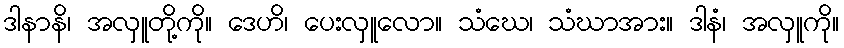
ဒါနာနိ၊ အလှူတို့ကို။ ဒေဟိ၊ ပေးလှူလော။ သံဃေ၊ သံဃာအား။ ဒါနံ၊ အလှူကို။